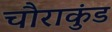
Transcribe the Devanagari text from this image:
चौराकुंड